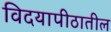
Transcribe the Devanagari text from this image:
विदयापीठातील